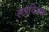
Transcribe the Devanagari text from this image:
लपविल्या